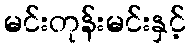
မင်းတုန်းမင်းနှင့်